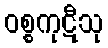
ဝစ္စကုဋီသု